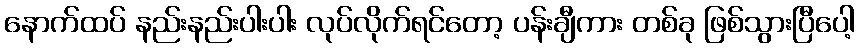
နောက်ထပ် နည်းနည်းပါးပါး လုပ်လိုက်ရင်တော့ ပန်းချီကား တစ်ခု ဖြစ်သွားပြီပေါ့